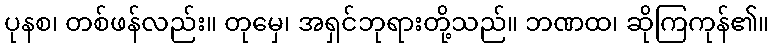
ပုနစ၊ တစ်ဖန်လည်း။ တုမှေ၊ အရှင်ဘုရားတို့သည်။ ဘဏထ၊ ဆိုကြကုန်၏။